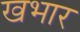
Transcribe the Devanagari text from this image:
खभार